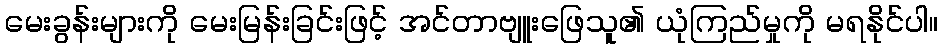
မေးခွန်းများကို မေးမြန်းခြင်းဖြင့် အင်တာဗျူးဖြေသူ၏ ယုံကြည်မှုကို မရနိုင်ပါ။